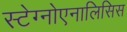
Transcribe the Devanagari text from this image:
स्टेग्नोएनालिसिस